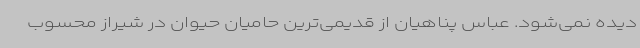
دیده نمی‌شود. عباس پناهیان از قدیمی‌ترین حامیان حیوان در شیراز محسوب